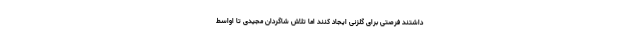
داشتند فرصتی برای گلزنی ایجاد کنند اما تلاش شاگردان مجیدی تا اواسط